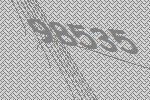
98535